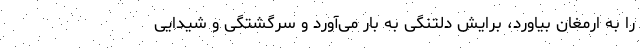
را به ارمغان بیاورد، برایش دلتنگی به بار می‌آورد و سرگشتگی و شیدایی